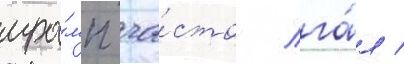
тра́мп ча́сто лга́л /